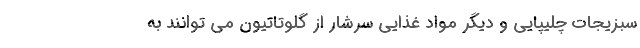
سبزیجات چلیپایی و دیگر مواد غذایی سرشار از گلوتاتیون می توانند به